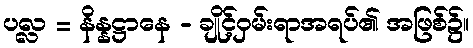
ပလ္လ = နိန္နဋ္ဌာနေ - ချိုင့်ဝှမ်းရာအရပ်၏ အဖြစ်၌။